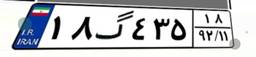
۸۰گ۵۰۷۸۵